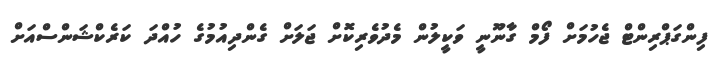
ފިންގަޕްރިންޓް ޖެހުމަށް ފޯމް ގާނޫނީ ވަކީލުން މެދުވެރިކޮށް ޖަލަށް ގެންދިއުމުގެ ހުއްދަ ކަރެކްޝަންސްއަށް